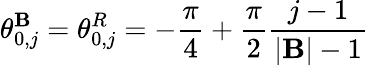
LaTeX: \theta_{0,j}^{\mathbf{B}}=\theta_{0,j}^{R}=-\frac{{\pi}}{{4}}+\frac{{\pi}}{{2}}\frac{{j-1}}{{|{\cal\mathbf{B}}|-1}}